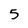
Character: 5